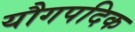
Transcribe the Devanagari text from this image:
यौगपदिक